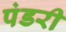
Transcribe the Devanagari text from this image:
पंडरी